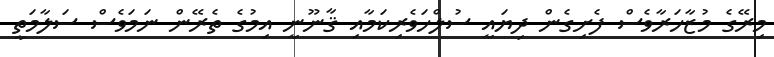
މިރޭގެ މުޒާހަރާވެސް ފެށިގެން ދިޔައީ ސުލްހަވެރިކަމާއި ޤާނޫނީ އިމުގެ ތެރޭން ނަމަވެސް ސަލާމަތީ